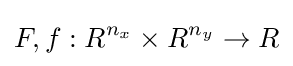
F,f:R^{n_{x}}\times R^{n_{y}}\to R